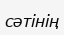
сәтінің